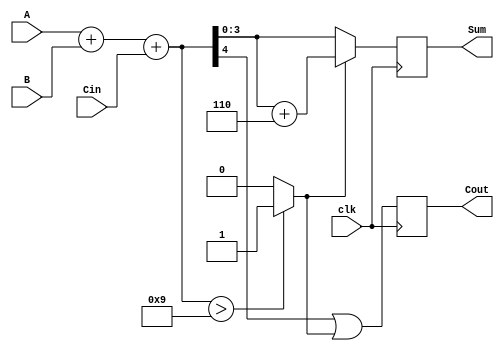
module BCD_Synchronous_Adder (
    input wire clk,          // Clock signal
    input wire [3:0] A,     // First BCD input
    input wire [3:0] B,     // Second BCD input
    input wire Cin,         // Carry input
    output reg [3:0] Sum,   // BCD output
    output reg Cout         // Carry output
);

    reg [4:0] binary_sum;   // 5-bit to accommodate carry
    reg correction_needed;   // Flag for correction

    always @(posedge clk) begin
        // Step 1: Perform binary addition
        binary_sum = A + B + Cin;

        // Step 2: Check if correction is needed (if sum > 9)
        if (binary_sum > 9) begin
            correction_needed = 1;
        end else begin
            correction_needed = 0;
        end

        // Step 3: Apply correction if needed
        if (correction_needed) begin
            Sum = binary_sum + 6; // Add 6 (0110) to correct BCD
        end else begin
            Sum = binary_sum[3:0]; // Take lower 4 bits if no correction
        end

        // Step 4: Determine carry out
        Cout = binary_sum[4] | correction_needed; // Carry out if overflow or correction

    end

endmodule